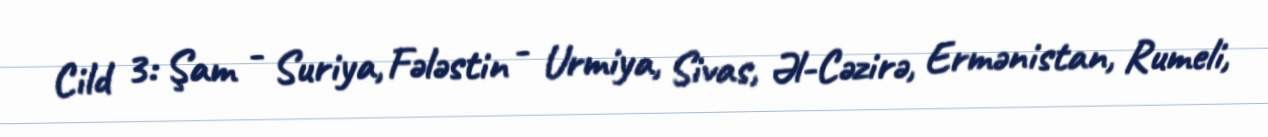
Cild 3: Şam - Suriya, Fələstin - Urmiya, Sivas, Əl-Cəzirə, Ermənistan, Rumeli,